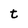
Character: t